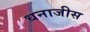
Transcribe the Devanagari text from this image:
धनाजीस